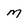
Character: m